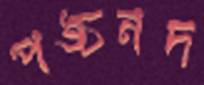
পঙ্চনদ